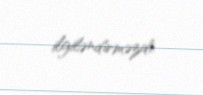
ilgiləndirməzdi.